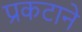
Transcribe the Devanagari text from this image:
प्रकटाने